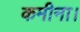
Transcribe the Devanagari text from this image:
कमीना।